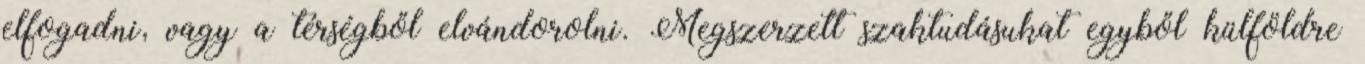
elfogadni, vagy a térségből elvándorolni. Megszerzett szaktudásukat egyből külföldre